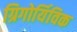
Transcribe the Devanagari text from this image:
ग्रिगोर्यिविक